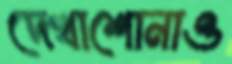
দেখাশোনাও